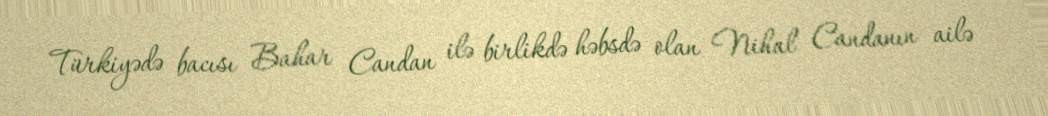
Türkiyədə bacısı Bahar Candan ilə birlikdə həbsdə olan Nihal Candanın ailə